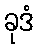
ခုဒံ